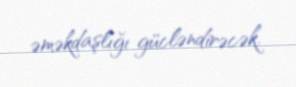
əməkdaşlığı gücləndirəcək.